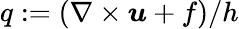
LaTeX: q:=(\nabla\times\boldsymbol{u}+f)/h